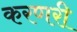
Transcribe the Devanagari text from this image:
करणरी